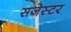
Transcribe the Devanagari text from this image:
सजेस्टर